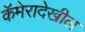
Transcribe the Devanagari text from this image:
कॅमेरादेखील